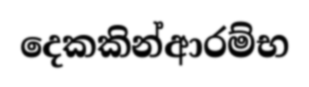
දෙකකින්ආරම්භ